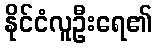
နိုင်ငံလူဦးရေ၏